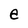
Character: e